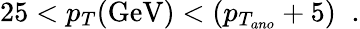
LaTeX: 25<p_{T}(\mathrm{GeV})<(p_{T_{ano}}+5)\; \; .